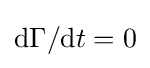
\mathrm {d} \Gamma /\mathrm {d} t=0